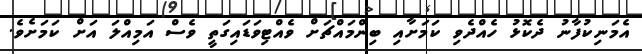
އެމަނިކުފާނު ދެކޮޅު ހެއްދެވި ކަމަށާއި ބިންމައްޗަށް ވެއްޓިވަޑައިގަތީ ވެސް އަމިއްލަ އަށް ކަމަށެވެ.